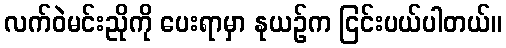
လက်ဝဲမင်းညိုကို ပေးရာမှာ နုယဉ်က ငြင်းပယ်ပါတယ်။